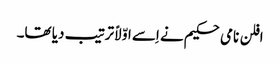
افلن نامی حکیم نے اِسے اوّلاً ترتیب دیا تھا۔